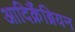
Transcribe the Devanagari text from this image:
आदिक्रैंब्रियन